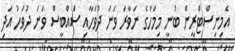
އެމިނިސްޓްރީން ބުނީ މިމަހުގެ ނަވާރަ ވަނަ ދުވަހާއި ސައްބީސް ވަނަ ދުވަހު އަދި